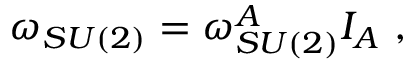
\omega _ { S U ( 2 ) } = \omega _ { S U ( 2 ) } ^ { A } I _ { A } \ ,